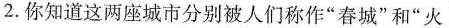
2.你知道这两座城市分别被人们称作”春城”和”火